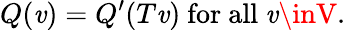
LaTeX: Q(\mathit{v})=Q^{\prime}(T\mathit{v}){\mathrm{{~for~all~}}}\mathit{v}\inV.